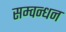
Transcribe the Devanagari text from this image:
सम्वन्धन